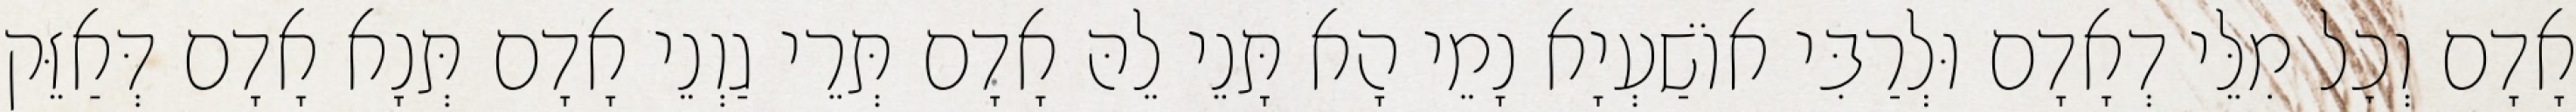
אָדָם וְכׇל מִלֵּי דְאָדָם וּלְרַבִּי אוֹשַׁעְיָא נָמֵי הָא תָּנֵי לֵהּ אָדָם תְּרֵי גַוְנֵי אָדָם תְּנָא אָדָם דְּאַזֵּק